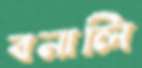
বনালি